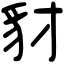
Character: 豺